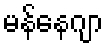
မန်နေဂျာ